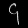
Digit: ၄